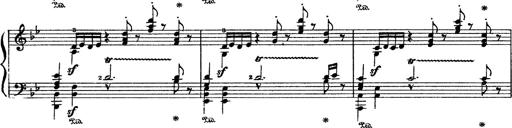
Title: Sarabande und Chaconne aus dem Singspiel
Composer: Franz Liszt